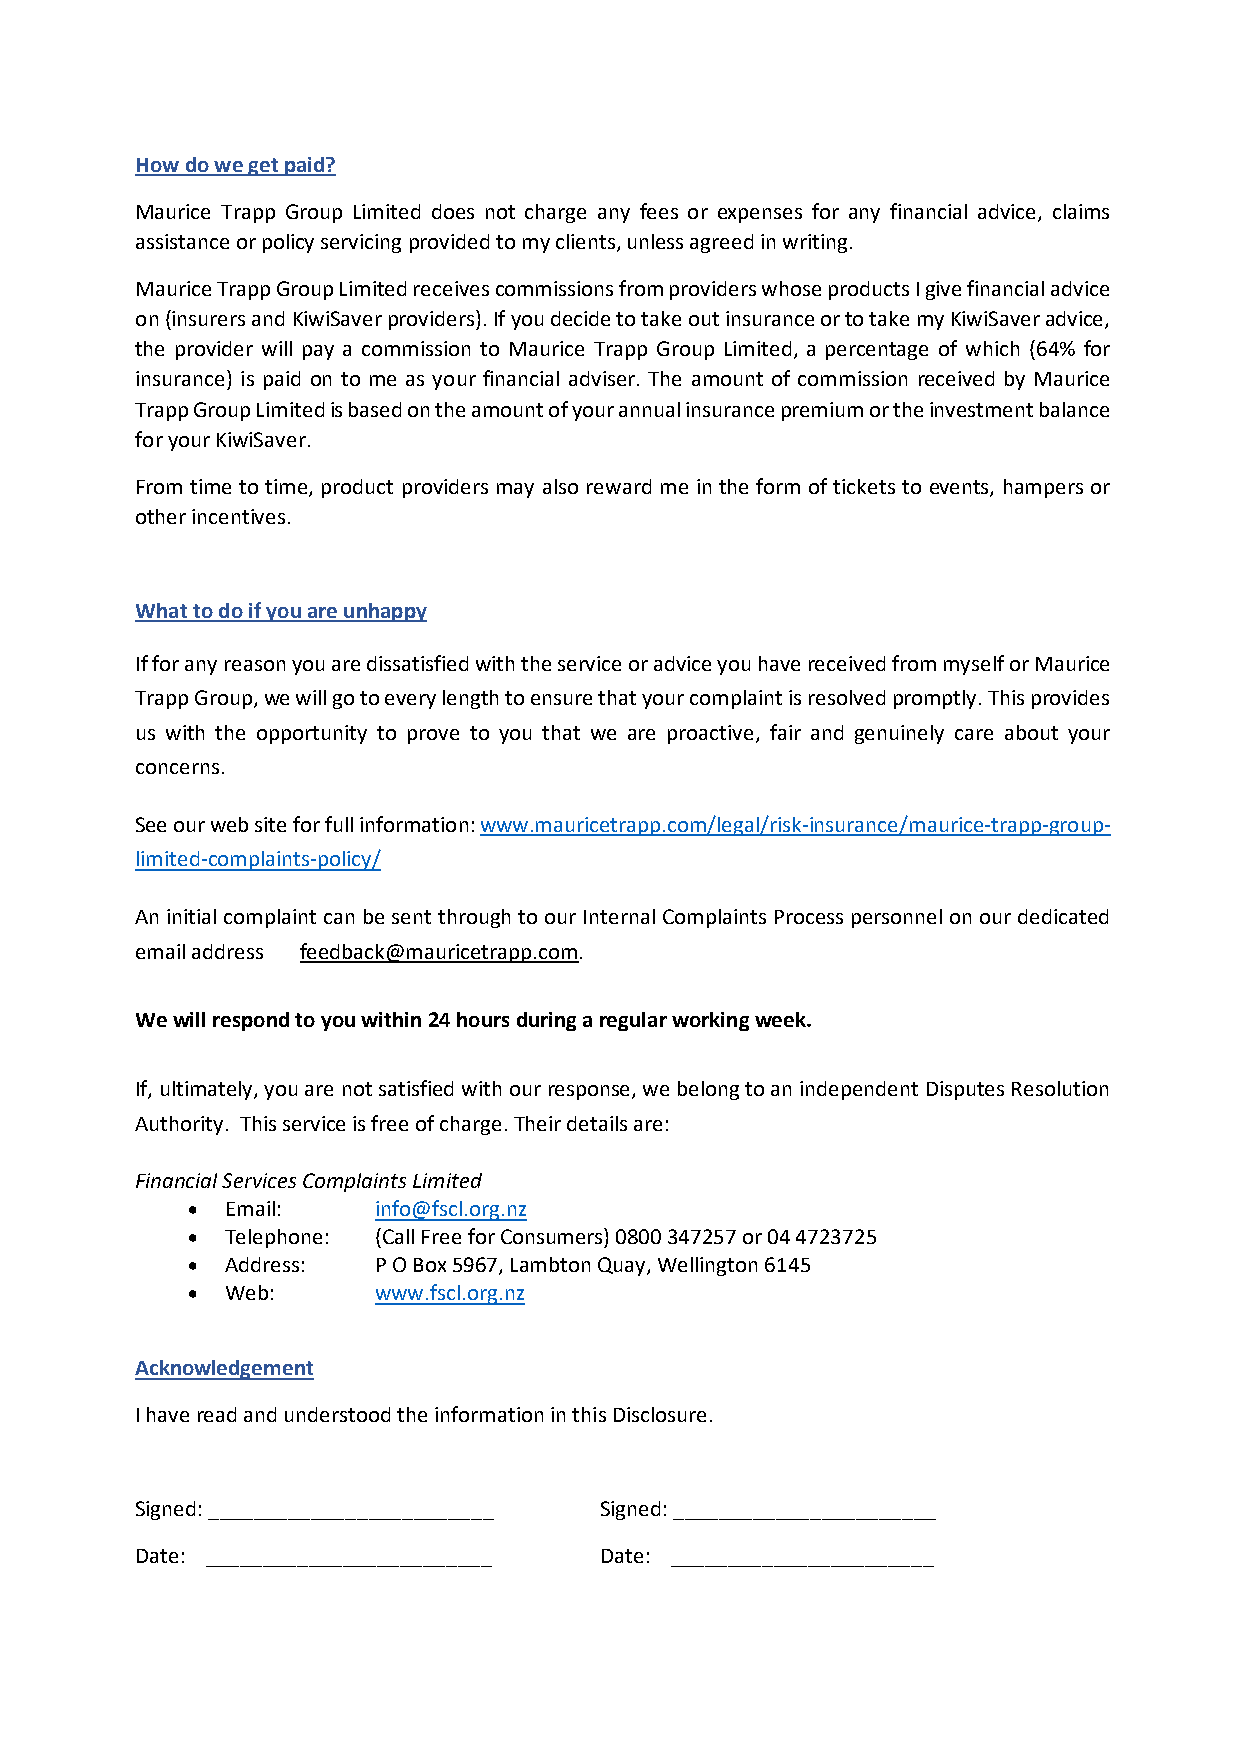
How do we get paid?
 Maurice Trapp Group Limited does not charge any fees or expenses for any financial advice, claims
 assistance or policy servicing provided to my clients, unless agreed in writing.
 Maurice Trapp Group Limited receives commissions from providers whose products I give financial advice
 on (insurers and KiwiSaver providers). If you decide to take out insurance or to take my KiwiSaver advice,
 the provider will pay a commission to Maurice Trapp Group Limited, a percentage of which (64% for
 insurance) is paid on to me as your financial adviser. The amount of commission received by Maurice
 Trapp Group Limited is based on the amount of your annual insurance premium or the investment balance
 for your KiwiSaver.
 From time to time, product providers may also reward me in the form of tickets to events, hampers or
 other incentives.
 What to do if you are unhappy
 If for any reason you are dissatisfied with the service or advice you have received from myself or Maurice
 Trapp Group, we will go to every length to ensure that your complaint is resolved promptly. This provides
 us with the opportunity to prove to you that we are proactive, fair and genuinely care about your
 concerns.
 See our web site for full information: www.mauricetrapp.com/legal/risk-insurance/maurice-trapp-group-
 limited-complaints-policy/
 An initial complaint can be sent through to our Internal Complaints Process personnel on our dedicated
 email address feedback@mauricetrapp.com.
 We will respond to you within 24 hours during a regular working week.
 If, ultimately, you are not satisfied with our response, we belong to an independent Disputes Resolution
 Authority. This service is free of charge. Their details are:
 Financial Services Complaints Limited
 •  Email:    info@fscl.org.nz
 •  Telephone: (Call Free for Consumers) 0800 347257 or 04 4723725
 •  Address:  P O Box 5967, Lambton Quay, Wellington 6145
 •  Web:      www.fscl.org.nz
 Acknowledgement
 I have read and understood the information in this Disclosure.
 Signed: _________________________ Signed: _______________________
 Date: _________________________ Date: _______________________